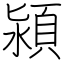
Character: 潁